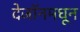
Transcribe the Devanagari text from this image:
देजॉनमधून